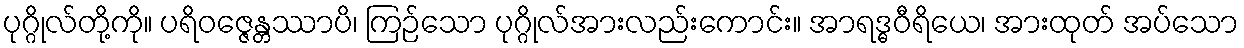
ပုဂ္ဂိုလ်တို့ကို။ ပရိဝဇ္ဇေန္တဿာပိ၊ ကြဉ်သော ပုဂ္ဂိုလ်အားလည်းကောင်း။ အာရဒ္ဓဝီရိယေ၊ အားထုတ် အပ်သော